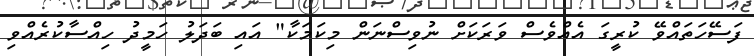
ފަސޭހަތައްވޭ ކުރީގަ އެއްވެސް ވަރަކަށް ނުވިސްނަން މިކަމަކާ" އައި ބަދަލު ހަމީދު ހިއްސާކުރެއްވި